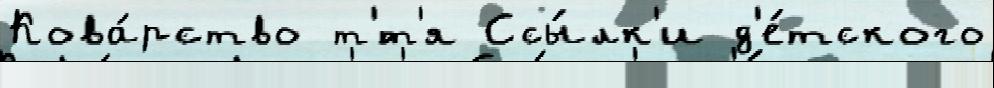
Кова́рство т'́т'я Ссы́лк'и д'е́тского